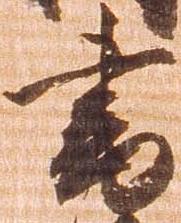
書